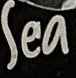
Sea